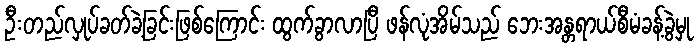
ဦးတည်လှုပ်ခတ်ခဲ့ခြင်းဖြစ်ကြောင်း ထွက်ခွာလာပြီ ဖန်လုံအိမ်သည် ဘေးအန္တရာယ်စီမံခန့်ခွဲမှု